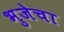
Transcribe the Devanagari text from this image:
भुजेचा